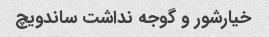
خیارشور و گوجه نداشت ساندویچ